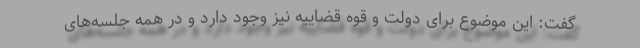
گفت: این موضوع برای دولت و قوه قضاییه نیز وجود دارد و در همه جلسه‌های